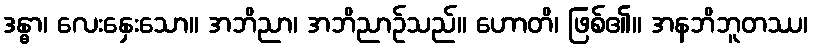
ဒန္ဓာ၊ လေးနှေးသော။ အဘိညာ၊ အဘိညာဉ်သည်။ ဟောတိ၊ ဖြစ်၏။ အနဘိဘူတဿ၊